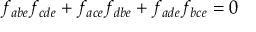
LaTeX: f _ { a b e } f _ { c d e } + f _ { a c e } f _ { d b e } + f _ { a d e } f _ { b c e } = 0